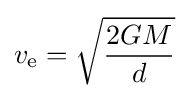
v_{\text{e}}={\sqrt {\frac {2GM}{d}}}